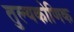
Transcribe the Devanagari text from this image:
तुल्यकोणिक